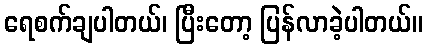
ရေစက်ချပါတယ်၊ ပြီးတော့ ပြန်လာခဲ့ပါတယ်။